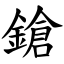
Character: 鎗